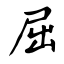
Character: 屈